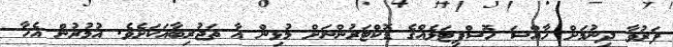
ފަރުވާ ދިނުމަށް ހާއްސަ ހޮސްޕިޓަލެއްގެ ޑޮކްޓަރުންނަށް މުޅިން އާ ތަޖުރިބާއަކަށެވެ. އުމުރުން އެހާ